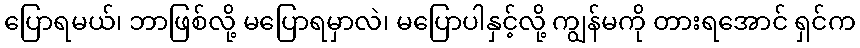
ပြောရမယ်၊ ဘာဖြစ်လို့ မပြောရမှာလဲ၊ မပြောပါနှင့်လို့ ကျွန်မကို တားရအောင် ရှင်က